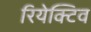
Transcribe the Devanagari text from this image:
रियेक्टिव